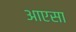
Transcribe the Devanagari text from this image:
आएसा